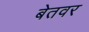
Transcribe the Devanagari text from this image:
बेतवर